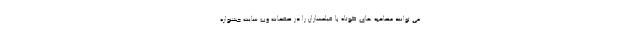
می توانند مصاحبه های کوتاه با فیلمسازان را در صفحات وب سایت جشنواره